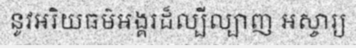
នូវអរិយធម៌អង្គរដ៏ល្បីល្បាញ អស្ចារ្យ